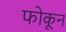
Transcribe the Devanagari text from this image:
फोकून